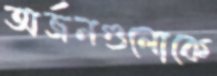
অর্জনগুলোকে